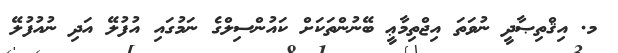
މ. އިޤްތިޞާދީ ނުވަތަ އިޖްތިމާޢީ ބޭނުންތަކަށް ކައުންސިލްގެ ނަމުގައި އުފުލޭ އަދި ނުއުފުލޭ